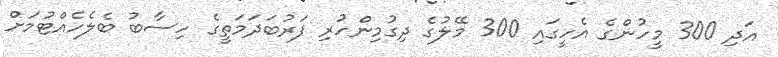
އަދި 300 މީހުންގެ އެހީގައި 300 މޭލުގެ ދިގުމިންހުރި ފަރުބަދަމަތީގެ ހިސާބު ބެލެހެއްޓުމަށް